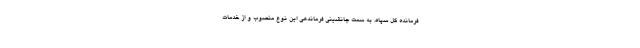
فرمانده کل سپاه، به سمت جانشینی فرماندهی این نوع منصوب و از خدمات